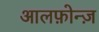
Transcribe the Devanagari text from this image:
आलफ़ोन्ज़